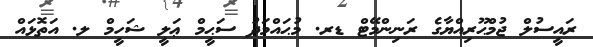
ރަަައީސުލް ޖުމްޙޫރިއްޔާގެ ރަނިންމޭޓް ޑރ. މުޙައްމަދު ސަޙީމް ޢަލީ ޝަހީމް ލ. އަތޮޅައް